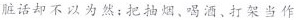
脏话却不以为然；把抽烟、喝酒、打架当作